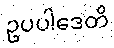
ဥပပါဒေတိ